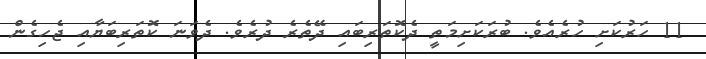
11 ހަރުކަށި ހުރެއެވެ. ބުރަކަށިމަތީ ދެކޮތަރިބައި ދޭތެރެ ދުރެވެ. ދެވަނަ ކޮތަރިބަޔާއި ޖެހިގެން